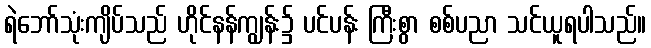
ရဲဘော်သုံးကျိပ်သည် ဟိုင်နန်ကျွန်း၌ ပင်ပန်း ကြီးစွာ စစ်ပညာ သင်ယူရပါသည်။